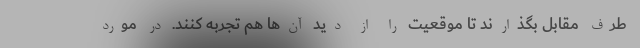
طرف مقابل بگذارند تا موقعیت را از دید آن‌‌ها هم تجربه کنند. در مورد